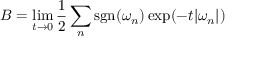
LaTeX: B = \operatorname* { l i m } _ { t \to 0 } { \frac { 1 } { 2 } } \sum _ { n } \operatorname { s g n } ( \omega _ { n } ) \exp ( - t | \omega _ { n } | )